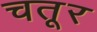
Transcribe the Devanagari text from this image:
चतूर